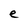
Character: e